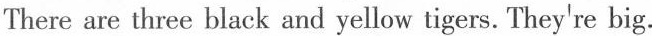
There are three black and yellow tigers. They're big.